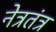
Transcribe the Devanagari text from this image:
नेत्रतंत्र